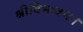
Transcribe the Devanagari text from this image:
श्रीविभावनः।